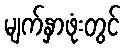
မျက်နှာဖုံးတွင်